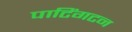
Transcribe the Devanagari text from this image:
पाटिंगटन